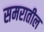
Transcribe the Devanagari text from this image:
समरातील